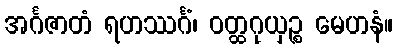
အင်္ဂဇာတံ ရဟဿင်္ဂံ၊ ဝတ္ထဂုယှဉ္စ မေဟနံ။